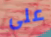
على